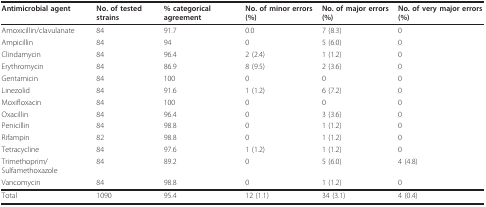
<table><thead><tr><td><b>Antimicrobial agent</b></td><td><b>No. of tested strains</b></td><td><b>% categorical agreement</b></td><td><b>No. of minor errors (%)</b></td><td><b>No. of major errors (%)</b></td><td><b>No. of very major errors (%)</b></td></tr></thead><tbody><tr><td>Amoxicillin/clavulanate</td><td>84</td><td>91.7</td><td>0.0</td><td>7 (8.3)</td><td>0</td></tr><tr><td>Ampicillin</td><td>84</td><td>94</td><td>0</td><td>5 (6.0)</td><td>0</td></tr><tr><td>Clindamycin</td><td>84</td><td>96.4</td><td>2 (2.4)</td><td>1 (1.2)</td><td>0</td></tr><tr><td>Erythromycin</td><td>84</td><td>86.9</td><td>8 (9.5)</td><td>2 (3.6)</td><td>0</td></tr><tr><td>Gentamicin</td><td>84</td><td>100</td><td>0</td><td>0</td><td>0</td></tr><tr><td>Linezolid</td><td>84</td><td>91.6</td><td>1 (1.2)</td><td>6 (7.2)</td><td>0</td></tr><tr><td>Moxifloxacin</td><td>84</td><td>100</td><td>0</td><td>0</td><td>0</td></tr><tr><td>Oxacillin</td><td>84</td><td>96.4</td><td>0</td><td>3 (3.6)</td><td>0</td></tr><tr><td>Penicillin</td><td>84</td><td>98.8</td><td>0</td><td>1 (1.2)</td><td>0</td></tr><tr><td>Rifampin</td><td>82</td><td>98.8</td><td>0</td><td>1 (1.2)</td><td>0</td></tr><tr><td>Tetracycline</td><td>84</td><td>97.6</td><td>1 (1.2)</td><td>1 (1.2)</td><td>0</td></tr><tr><td>Trimethoprim/Sulfamethoxazole</td><td>84</td><td>89.2</td><td>0</td><td>5 (6.0)</td><td>4 (4.8)</td></tr><tr><td>Vancomycin</td><td>84</td><td>98.8</td><td>0</td><td>1 (1.2)</td><td>0</td></tr><tr><td>Total</td><td>1090</td><td>95.4</td><td>12 (1.1)</td><td>34 (3.1)</td><td>4 (0.4)</td></tr></tbody></table>